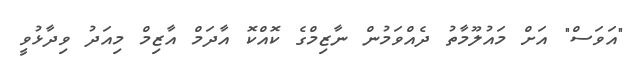
"އަވަސް" އަށް މައުލޫމާތު ދެއްވަމުން ނާޒިމްގެ ކޮއްކޮ އާދަމް އާޒިމް މިއަދު ވިދާޅުވީ